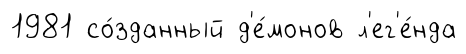
1981 со́зданный д'е́монов л'ег'е́нда